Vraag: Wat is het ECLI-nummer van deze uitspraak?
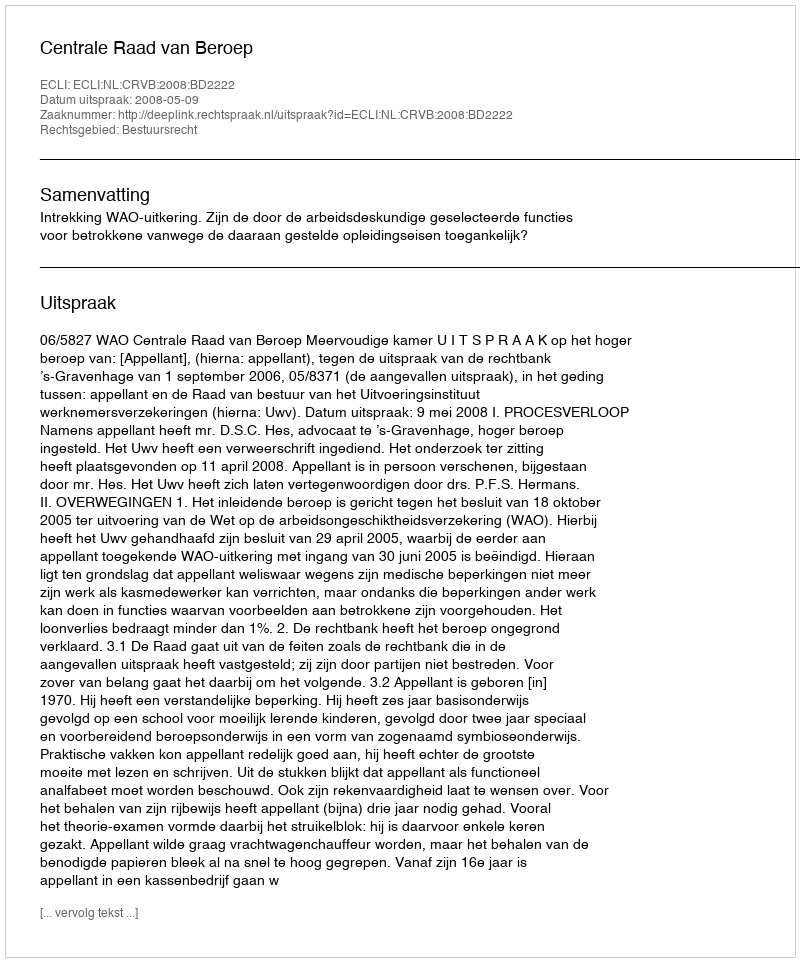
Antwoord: ECLI:NL:CRVB:2008:BD2222